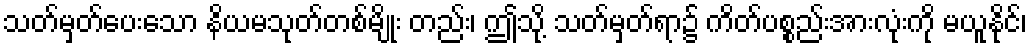
သတ်မှတ်ပေးသော နိယမသုတ်တစ်မျိုး တည်း၊ ဤသို့ သတ်မှတ်ရာ၌ ကိတ်ပစ္စည်းအားလုံးကို မယူနိုင်၊